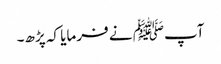
آپﷺ نے فرمایا کہ پڑھ۔